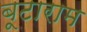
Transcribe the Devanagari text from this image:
बूटाराम